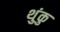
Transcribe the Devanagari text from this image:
थुंकु